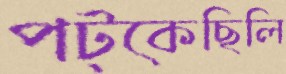
পট্‌কেছিলি